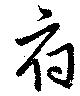
府